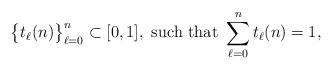
LaTeX: \begin{align*}\big\{t_\ell(n)\big\}_{\ell=0}^n\subset[0,1],\mbox{ such that }\sum_{\ell=0}^n t_\ell(n)=1,\end{align*}